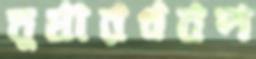
তুষারধবল